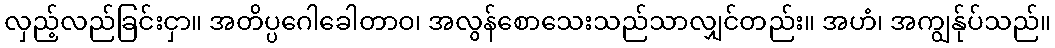
လှည့်လည်ခြင်းငှာ။ အတိပ္ပဂေါခေါတာဝ၊ အလွန်စောသေးသည်သာလျှင်တည်း။ အဟံ၊ အကျွန်ုပ်သည်။